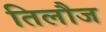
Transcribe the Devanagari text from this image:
तिलौज